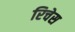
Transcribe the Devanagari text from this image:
रिचेस